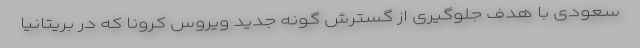
سعودی با هدف جلوگیری از گسترش گونه جدید ویروس کرونا که در بریتانیا